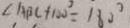
\angle A B C + 1 0 0 ^ { \circ } = 1 8 0 ^ { \circ }